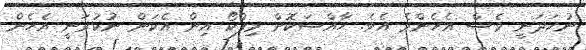
ނުހަދަނީ ވެސް އެހެންވެ އެވެ. ހާއްސަކޮށް މިފްކޯ އިން އެކަން ނުކުރަނީ އެހެން